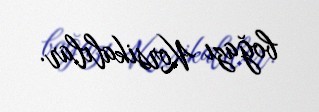
boğazı Korsikalılar.